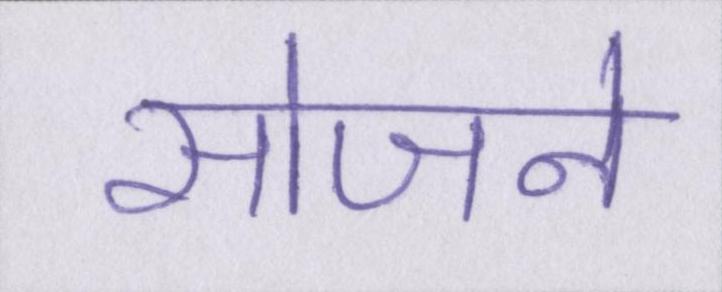
सोजने